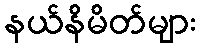
နယ်နိမိတ်များ